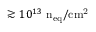
\gtrsim 1 0 ^ { 1 3 } ~ \mathrm { n _ { e q } / c m ^ { 2 } }